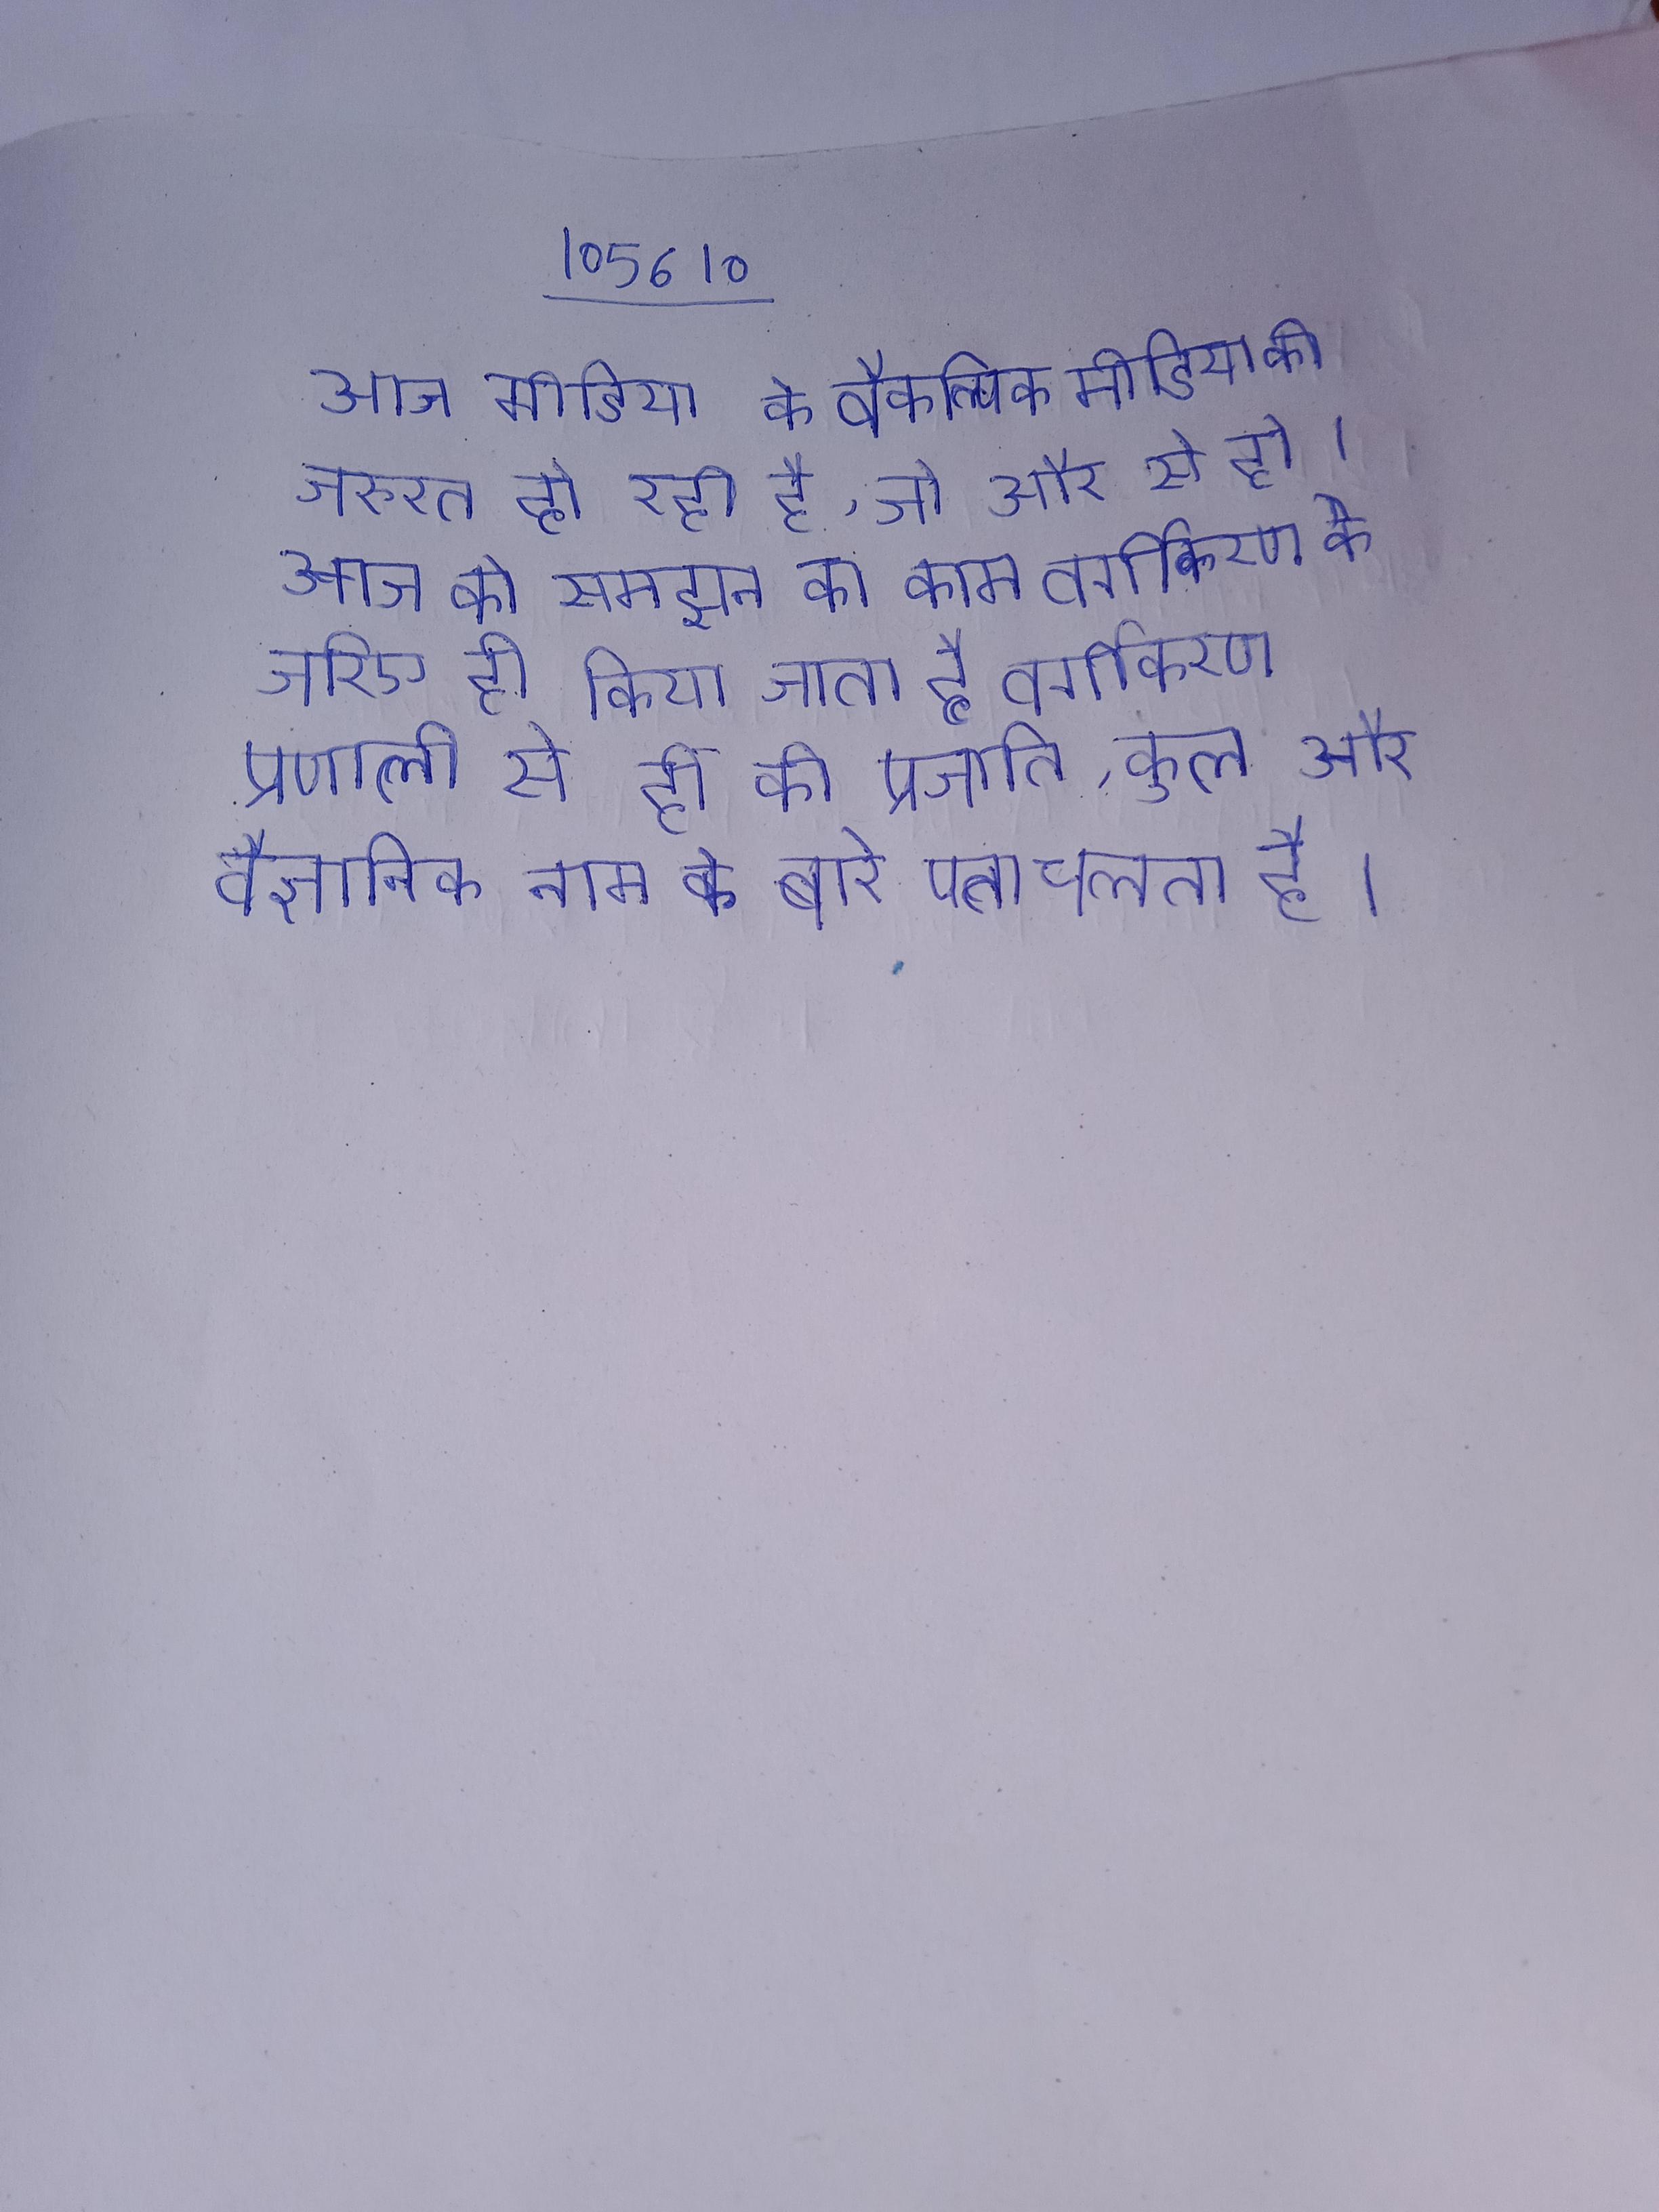
आज मीडिया के वैकल्पिक मीडिया की जरूरत हो रही है, जो और से हो । आज को समझने का काम वर्गीकरण के जरिए ही किया जाता है - वर्गीकरण प्रणाली से ही की प्रजाति, कुल और वैज्ञानिक नाम के बारे पता चलता है ।